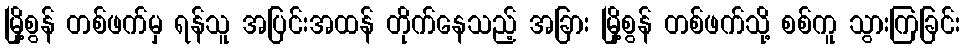
မြို့စွန် တစ်ဖက်မှ ရန်သူ အပြင်းအထန် တိုက်နေသည့် အခြား မြို့စွန် တစ်ဖက်သို့ စစ်ကူ သွားကြခြင်း